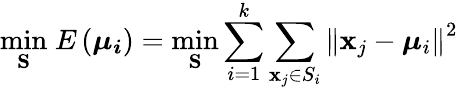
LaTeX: \underset{\mathbf{S}}{\mathrm{min}}\; E\left(\boldsymbol{\mu_{i}}\right)=\underset{\mathbf{S}}{\mathrm{min}}\sum_{i=1}^{k}\sum_{\mathbf{x}_{j}\in S_{i}}\left\Vert\mathbf{x}_{j}-\boldsymbol{\mu}_{i}\right\Vert^{2}